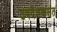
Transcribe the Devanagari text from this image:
उपदेशकसंत